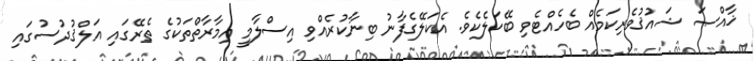
ޚާއްޞަ ޝައުޤުވެރިކަމެއް ބެހެއްޓެވި ބޭކަލެކެވެ. އެކަލޭގެފާނު ބިނާކުރެއްވި އިސްލާމީ އިމާރާތްތަކުގެ ތެރޭގައި އަލްޤުދުސުގައި